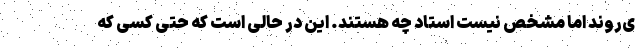
ی‌روند اما مشخص نیست استاد چه هستند. این در حالی است که حتی کسی که